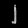
Digit: ၂